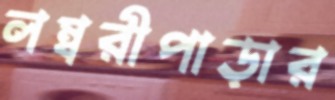
লম্বরীপাড়ার